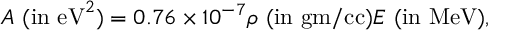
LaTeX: A ~ ( \mathrm { i n ~ e V } ^ { 2 } ) = 0 . 7 6 \times 1 0 ^ { - 7 } \rho ~ ( \mathrm { i n ~ g m / c c } ) E ~ ( \mathrm { i n ~ M e V } ) ,